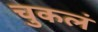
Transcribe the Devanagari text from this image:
चुकलं